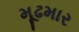
મૂઢમાર